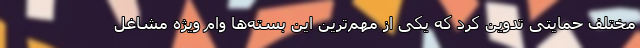
مختلف حمایتی تدوین کرد که یکی از مهم‌ترین این بسته‌ها وام ویژه مشاغل